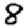
Digit: 8